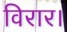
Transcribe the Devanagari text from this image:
विरार।